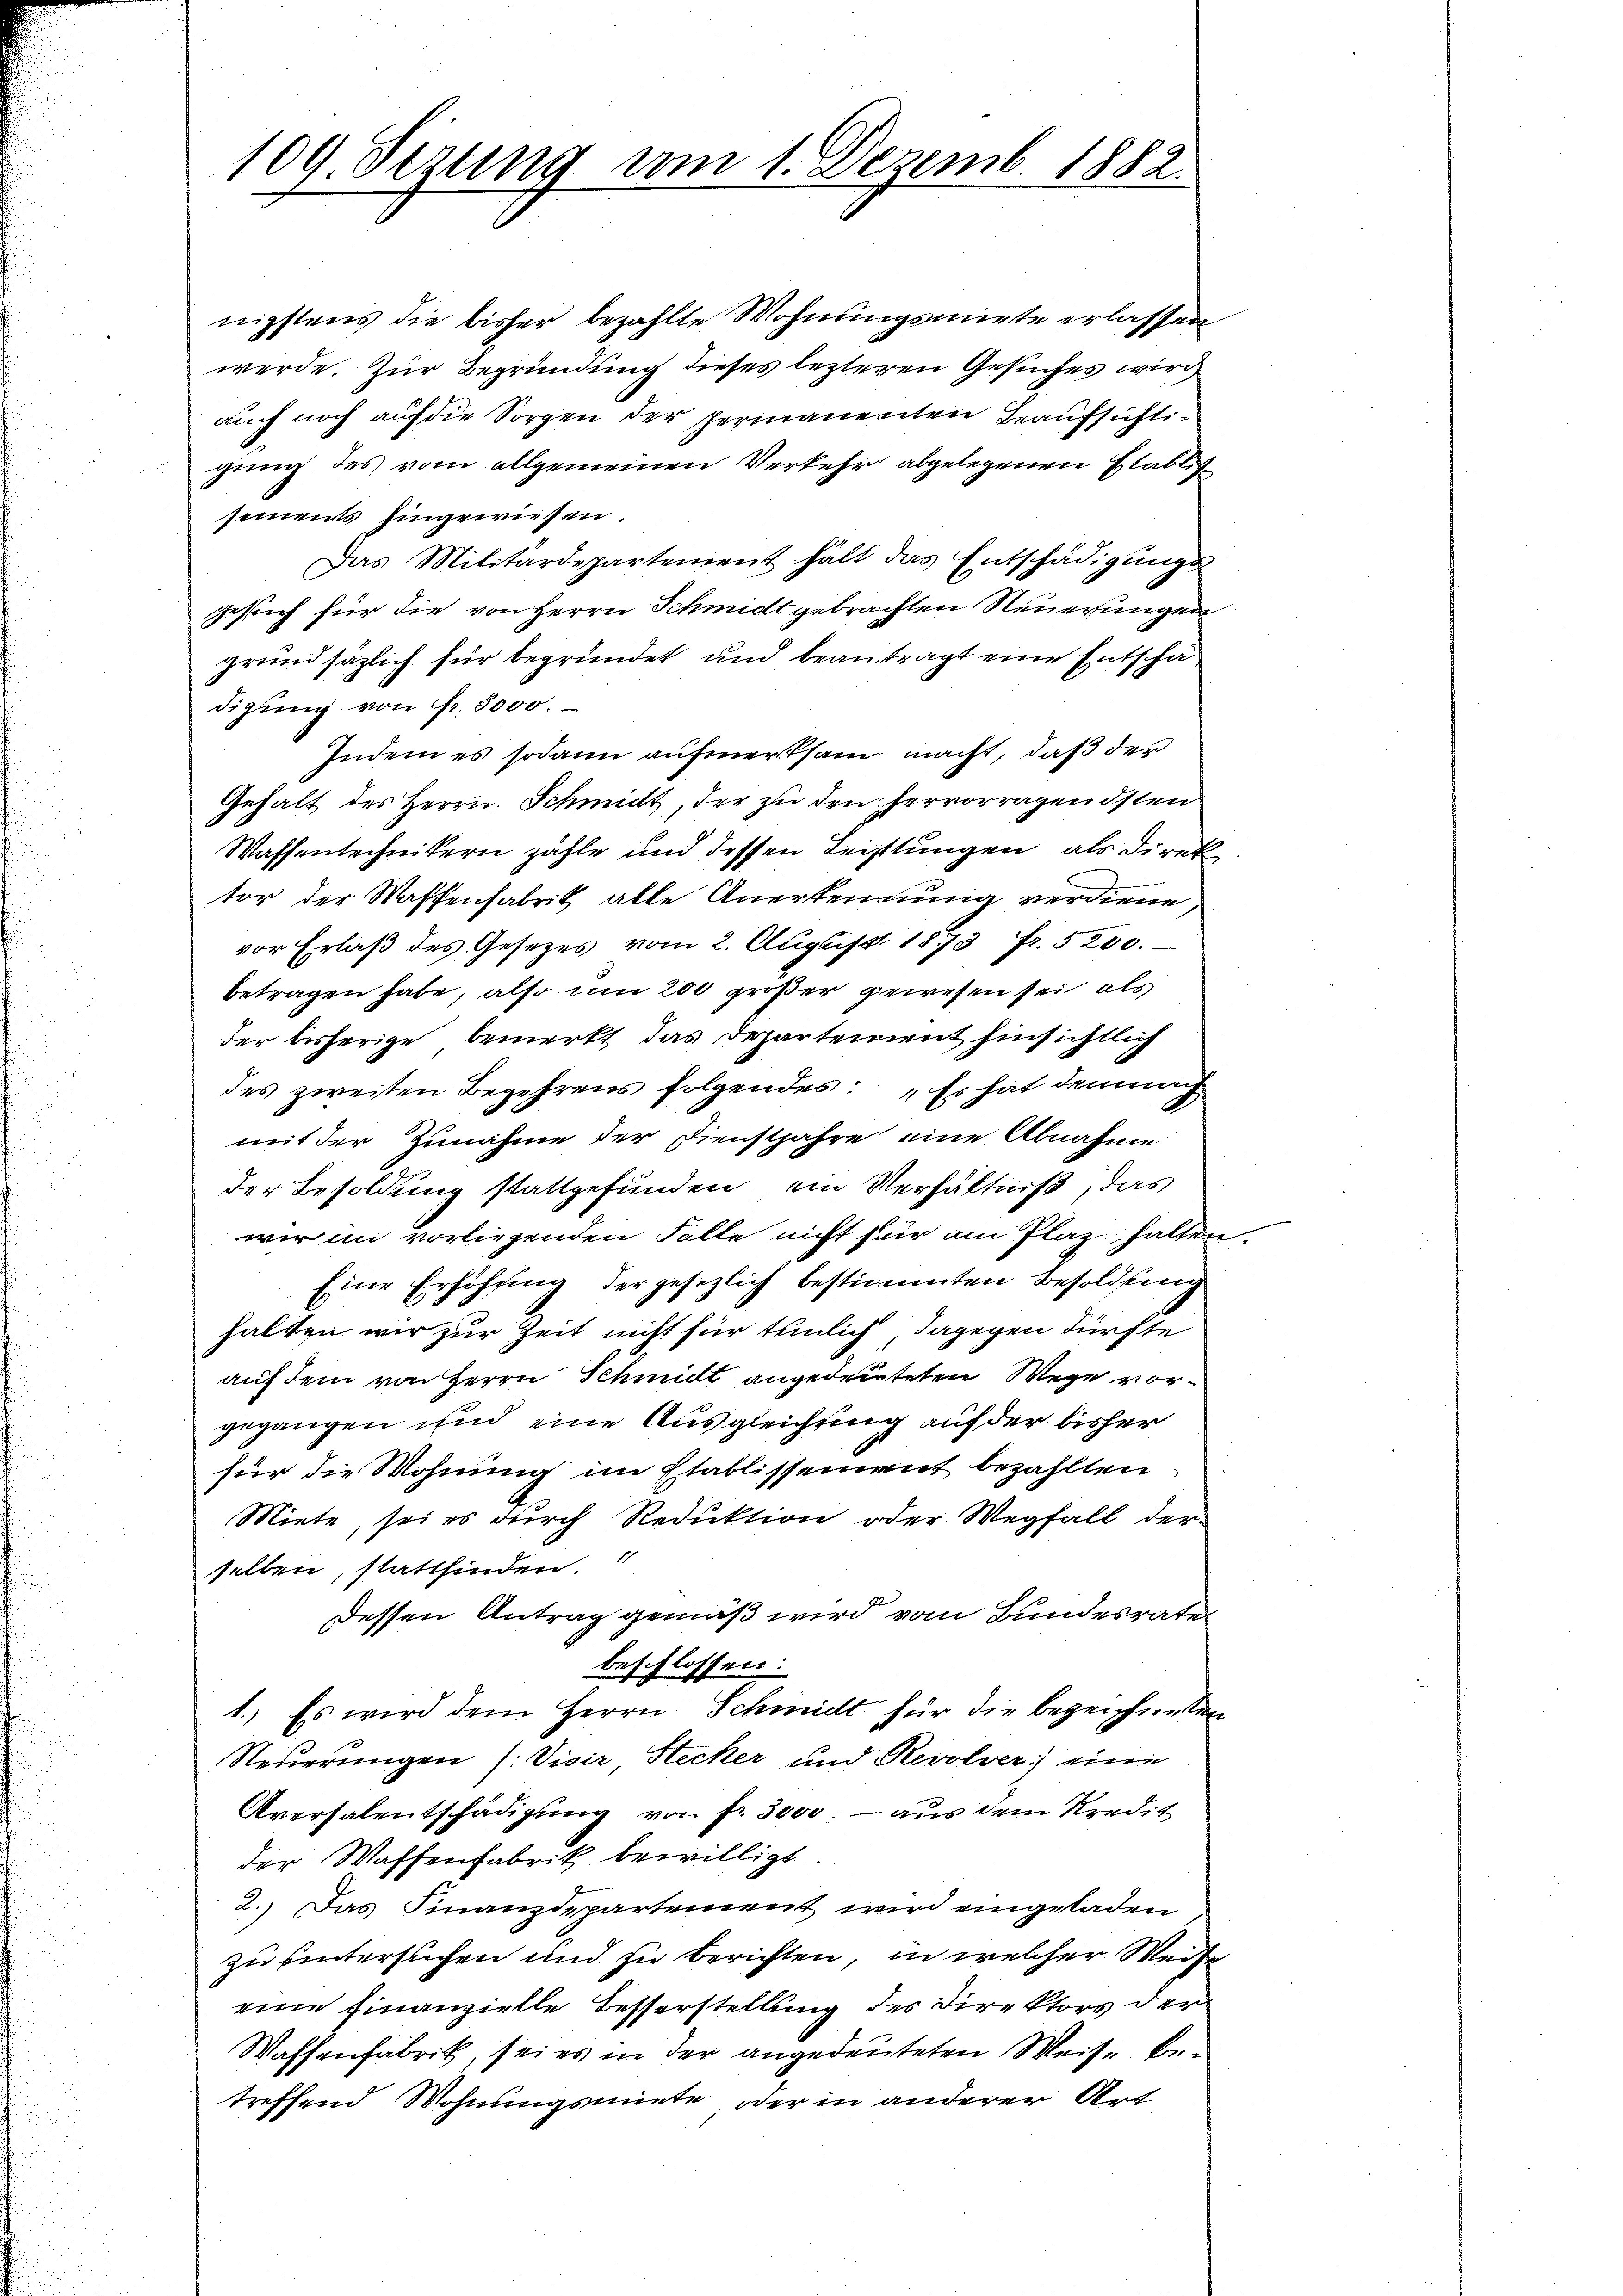
109. Sezung vom 1. Dezemb. 1882.

nigstens die bisher bezahlte Wohnungsmiete erlassen
werde. Zur Begründung dieses lezteren Gesuches wird
auch noch auf die Sorgen der permanenten Beaufsichtigung des vom allgemeinen Verkehr abgelegenen Etablissements hingewiesen.
Das Militärdepartement hält das Entschädigungs-
Gesuch für die von Herrn Schmidt gebrachten Neuerungen
grund säzlich für begründet und beantragt eine Entschädigŭng von Fr. 8000.
Indem es sodann aufmerksam macht, daß der
Gehalt des Herrn Schmidt, der zu den hervorragendsten
Waffentechnikern zähle und dessen Leistungen, als Direk
tor der Waffenfabrik alle Anerkennung verdiene,
vor Erlaβ des Gesetzes vom 2. Aŭgust 1873 fr. 5200.
betragen habe, also um 200 großer gewesen sei, als
der bisherige bemerkt, das Departement hinsichtlich
des zweiten Begehrens folgendes: „Es hat demnach
mit der Zunahme der Dienstjahre eine Abnahme
der Besoldung stattgefunden, ein Verhältniß, das
wir im vorliegenden Falle nicht für am Plaz halten.
Eine Erhöhung der gesezlich bestimmten Besoldung
halten wir zur Zeit nicht für tunlich, dagegen dürfte
auf dem von Herrn Schmidt angedeuteten Wege vorgegangen und eine Ausgleichung auf der bisher
für die Wohnung im Etablissement bezahlten
Miete, sei es durch Reduktion oder Wegfall der
selben, stattfinden.
Dessen Antrag gemäß wird vom Bundesrate
beschlossen:
1.) Es wird dem Herrn Schmidt für die bezeichneten
Steuerungen (: Visir Stecker und Revolver eine
Aversalentschädigung von fr. 3000; — aus dem Kredit
der Waffenfabrik bewilligt
2.) Das Finanzdepartement wird eingeladen
zu hintersuchen und zu berichten, in welcher Weise
eine Finanzielle Besserstellung des Direktors der
Waffenfabrik, sei es in der angedeuteten Weise betreffend Wohnungsmiete oder in anderer Art